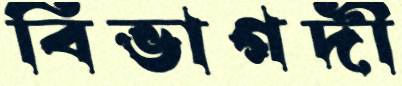
বিভাগদী